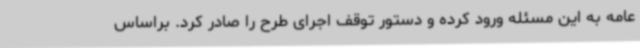
عامه به این مسئله ورود کرده و دستور توقف اجرای طرح را صادر کرد. براساس